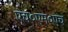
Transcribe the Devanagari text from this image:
एच०एम०एच